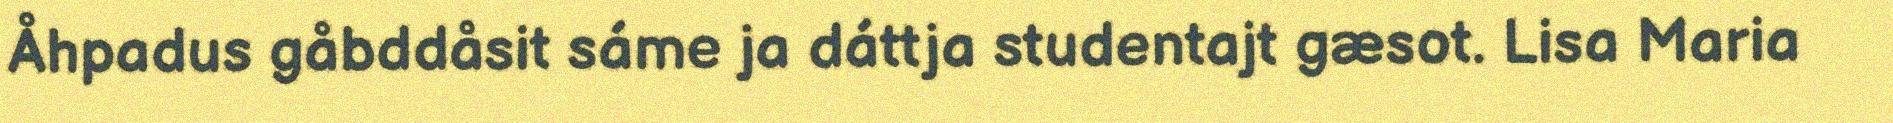
Åhpadus gåbddåsit sáme ja dáttja studentajt gæsot. Lisa Maria